Calcutta medical institutions reports 1871-78
Year: 1871
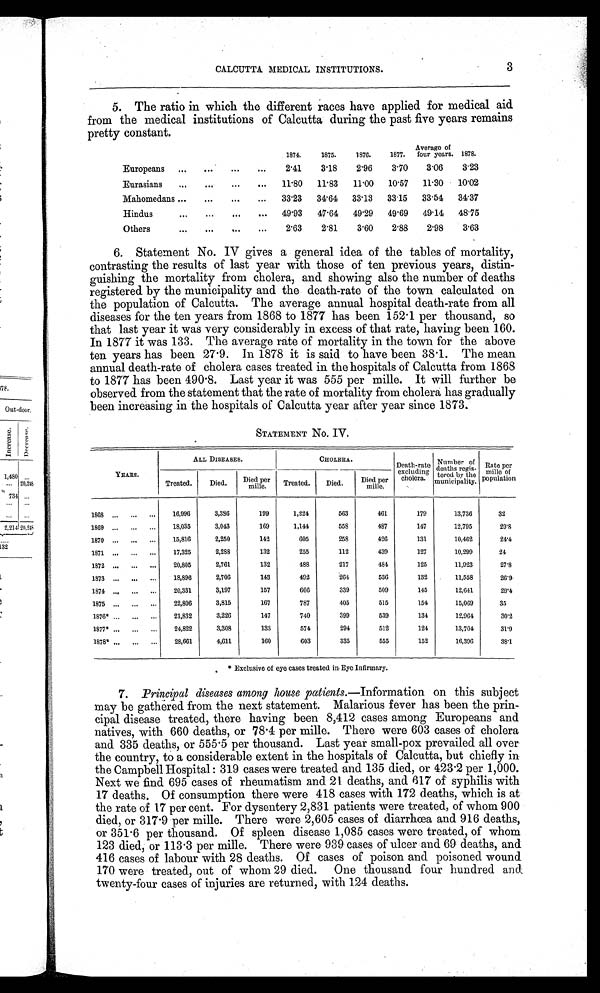
CALCUTTA MEDICAL INSTITUTIONS.
3
5. The ratio in which the different races have applied for medical aid
from the medical institutions of Calcutta during the past five years remains
pretty constant.
1874.
1875.
1876.
1877.
Average of
four years. 1878.
Europeans
2.41
3.18
2.96
3.70
3.06
3.23
Eurasians
11.80 11.83
11.00 10.57 11.30 10.02
Mahomedans
33.23 34.64 33.13 33.15 33.54 34.37
Hindus
49.93
47.64 49.29 49.69 49.14 48.75
Others
2.63
2.81
3.60
2.88
2.98
3.63
6. Statement No. IV gives a general idea of the tables of mortality,
contrasting the results of last year with those of ten previous years, distin
guishing the mortality from cholera, and showing also the number of deaths
registered by the municipality and the death-rate of the town calculated on
the population of Calcutta. The average annual hospital death-rate from all
diseases for the ten years from 1868 to 1877 has been 152.1 per thousand, so
that last year it was very considerably in excess of that rate, having been 160.
In 1877 it was 133. The average rate of mortality in the town for the above
ten years has been 27.9. In 1878 it is said to have been 38.1. The mean
annual death-rate of cholera cases treated in the hospitals of Calcutta from 1868
to 1877 has been 490.8. Last year it was 555 per Dille. It will further be
observed from the statement that the rate of mortality from cholera has gradually
been increasing in the hospitals of Calcutta year after year since 1873.
STATEMENT No. IV.
YEARS.
ALL DISEASES.
CHOLERA.
Death-rate
excluding
cholera.
Number of
deaths regis-
tered by the
municipality.
Rate per
mille of
population
Treated.
Died.
Died
Treated.
Died.
Died per mille
1868
16,996
3,386
199
1,224
563
461
179
13,736
32
1869
18,035
3,043
169
1,144
558
487
147
12,795
29.8
1870
15,816
2,250
142
605
258
426
131
10,462
24.4
1871
17,325
2,288
132
255
112
439
127
10,299
24
1872
20,805
2,761
132
488
217
484
125
11,923
27.8
1873
18,896
2,706
143
492
264
536
132
11,558
26.9
1874
20,331
3,197
157
666
339
509
145
12,641
29.4
1875
22,806
3,815
167
787
405
515
154
15,069
35
1876*
21,832
3,226
147
740
399
539
134
12,964
30.2
1877*
24,822
3,308
133
574
294
512
124
13,704
31.9
1878*
28,661
4,611
160
603
335
555
152
16,396
38.1
* Exclusive of eye cases treated in Eye Infirmary.
7. Principal diseases among house patients.— Information on this subject
may be gathered from the next statement. Malarious fever has been the prin
cipal disease treated, there having been 8,412 cases among Europeans and
natives, with 660 deaths, or 78.4 per Dille. There were 603 cases of cholera
and 335 deaths, or 555.5 per thousand. Last year small-pox prevailed all over
the country, to a considerable extent in the hospitals of Calcutta, but chiefly in
the Campbell Hospital : 319 cases were treated and 135 died, or 423.2 per 1,000.
Next we find 695 cases of rheumatism and 21 deaths, and 617 of syphilis with
17 deaths. Of consumption there were 418 cases with 172 deaths, which is at
the rate of 17 per cent. For dysentery 2,831 patients were treated, of whom 900
died, or 317.9 per mille. There were 2,605 cases of diarrhoea and 916 deaths,
or 351.6 per thousand. Of spleen disease 1,085 cases were treated, of whom
123 died, or 113.3 per mille. There were 939 cases of ulcer and 69 deaths, and
416 cases of labour with 28 deaths. Of cases of poison and poisoned wound
170 were treated, out of whom 29 died. One thousand four hundred and
twenty-four cases of injuries are returned, with 124 deaths.